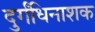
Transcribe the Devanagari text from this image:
दुर्गंधिनाशक